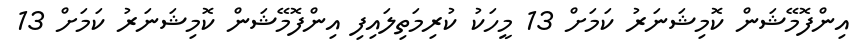
އިންފޮމޭޝަން ކޮމިޝަނަރު ކަމަށް 13 މީހަކު ކުރިމަތިލައިފި އިންފޮމޭޝަން ކޮމިޝަނަރު ކަމަށް 13